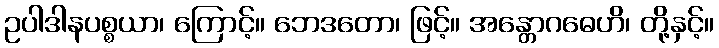
ဥပါဒါနပစ္စယာ၊ ကြောင့်။ ဘေဒတော၊ ဖြင့်။ အန္တောဂဓေဟိ၊ တို့နှင့်။